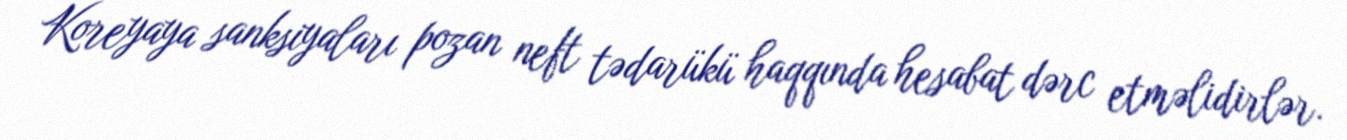
Koreyaya sanksiyaları pozan neft tədarükü haqqında hesabat dərc etməlidirlər.